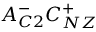
A _ { C 2 } ^ { - } C _ { N Z } ^ { + }